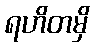
ရဟိတမှိ